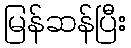
မြန်ဆန်ပြီး